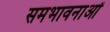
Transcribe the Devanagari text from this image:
समभावनाओं